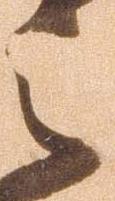
之